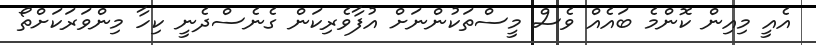
އެއީ މިއިން ކޮންމެ ބައެއް ވެސް މީސްތަކުންނަށް އުފާވެރިކަން ގެނެސްދެނީ ކިހާ މިންވަރަކަށްތޯ